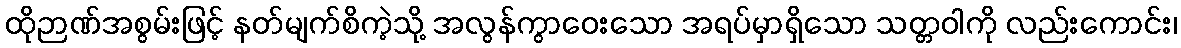
ထိုဉာဏ်အစွမ်းဖြင့် နတ်မျက်စိကဲ့သို့ အလွန်ကွာဝေးသော အရပ်မှာရှိသော သတ္တဝါကို လည်းကောင်း၊